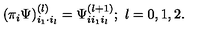
( \pi _ { i } \Psi ) _ { i _ { 1 } \cdot i _ { l } } ^ { ( l ) } = \Psi _ { i i _ { 1 } i _ { l } } ^ { ( l + 1 ) } ; \ l = 0 , 1 , 2 .